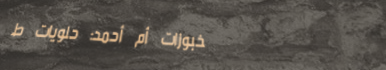
مخبوزات أم أحمد: حلويات ط